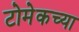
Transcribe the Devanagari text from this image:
टोमेकच्या